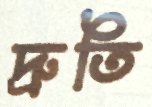
দ্রুতি